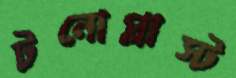
টনোপ্লাস্ট